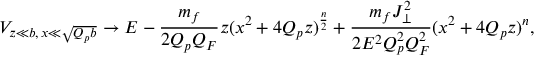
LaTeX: V _ { z \ll b , \, x \ll \sqrt { Q _ { p } b } } \to E - { \frac { m _ { f } } { 2 Q _ { p } Q _ { F } } } z ( x ^ { 2 } + 4 Q _ { p } z ) ^ { \frac { n } { 2 } } + { \frac { m _ { f } J _ { \perp } ^ { 2 } } { 2 E ^ { 2 } Q _ { p } ^ { 2 } Q _ { F } ^ { 2 } } } ( x ^ { 2 } + 4 Q _ { p } z ) ^ { n } ,